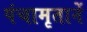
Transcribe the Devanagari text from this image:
पंचामृतानें